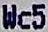
WC5